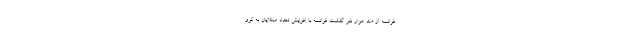
فرانسه از صد هزار نفر گذشت فرانسه با افزایش تعداد مبتلایان به کرو